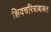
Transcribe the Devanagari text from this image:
शिवचरित्राबाबत